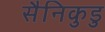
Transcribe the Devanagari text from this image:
सैनिकुडु